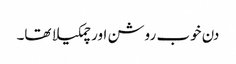
دن خوب روشن اور چمکیلا تھا۔